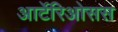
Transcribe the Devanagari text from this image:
आर्टेरिओसस